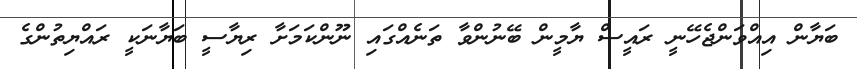
ބަޔާން އިއްވަންޖެހޭނީ ރައީސް ޔާމީން ބޭނުންވާ ތަނެއްގައި ނޫންކަމަށާ ރިޔާސީ ބަޔާނަކީ ރައްޔިތުންގެ